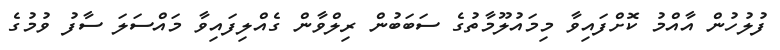
ފުލުހުން އާއްމު ކޮށްފައިވާ މިމައުލޫމާތުގެ ސަބަބުން ރިލްވާން ގެއްލިފައިވާ މައްސަލަ ސާފު ވުމުގެ